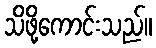
သိဖို့ကောင်းသည်။